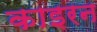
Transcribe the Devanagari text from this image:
काइरन